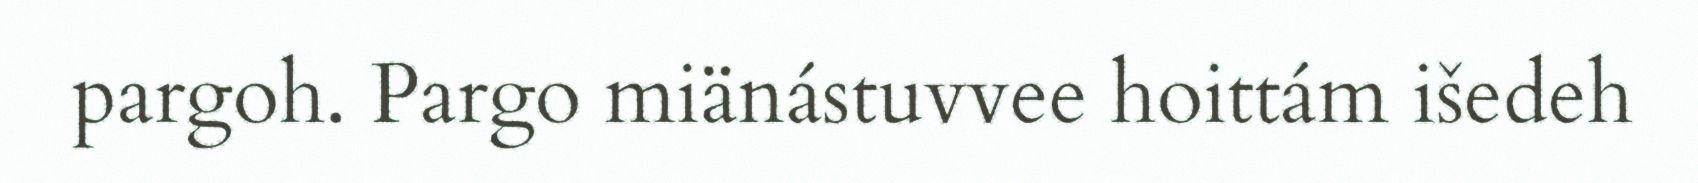
pargoh. Pargo miänástuvvee hoittám išedeh